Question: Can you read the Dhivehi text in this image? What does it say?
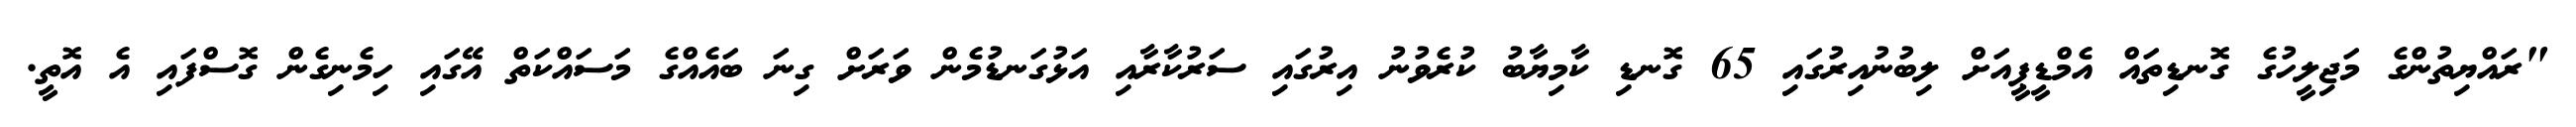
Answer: "ރައްޔިތުންގެ މަޖިލީހުގެ ގޮނޑިތައް އެމްޑީޕީއަށް ލިބުނުއިރުގައި 65 ގޮނޑި ކާމިޔާބު ކުރެވުނު އިރުގައި ސަރުކާރާއި އަޅުގަނޑުމެން ވަރަށް ގިނަ ބައެއްގެ މަސައްކަތް އޭގައި ހިމެނިގެން ގޮސްފައި އެ އޮތީ.